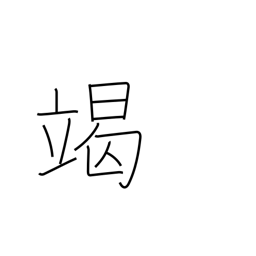
Meaning: exhaust